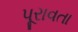
પૂરાવતા